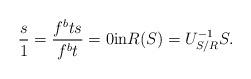
LaTeX: \begin{align*}\frac{s}{1} = \frac{f^b ts}{f^bt}=0 {\rm in} R(S) =U_{S/R}^{-1}S. \end{align*}